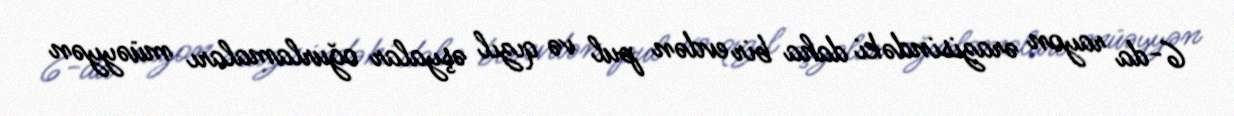
6-da rayon ərazisindəki daha bir evdən pul və qızıl əşyalar oğurlamaları müəyyən